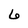
Character: 6